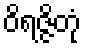
ဝိရဇ္ဇိတုံ